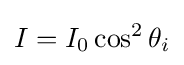
I=I_{0}\cos ^{2}\theta _{i}